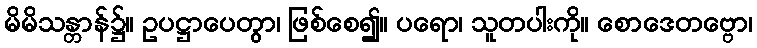
မိမိသန္တာန်၌။ ဥပဋ္ဌာပေတွာ၊ ဖြစ်စေ၍။ ပရော၊ သူတပါးကို။ စောဒေတဗ္ဗော၊